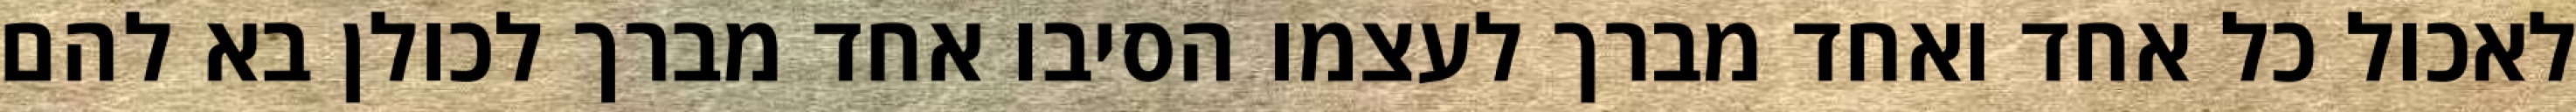
לאכול כל אחד ואחד מברך לעצמו הסיבו אחד מברך לכולן בא להם